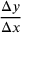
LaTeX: \frac { \Delta y } { \Delta x }